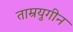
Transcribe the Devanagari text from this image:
ताम्रयुगीन